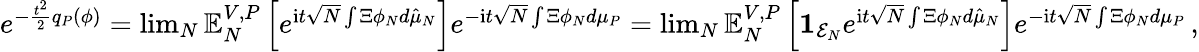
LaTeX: \begin{array}{r}{e^{-\frac{t^{2}}{2}q_{P}(\phi)}=\operatorname*{lim}_{N}\mathbb{E}_{N}^{V,P}\left[e^{\mathrm{i}t\sqrt{N}\int\Xi\phi_{N}d\hat{\mu}_{N}}\right]e^{-\mathrm{i}t\sqrt{N}\int\Xi\phi_{N}d\mu_{P}}=\operatorname*{lim}_{N}\mathbb{E}_{N}^{V,P}\left[\mathbf{1}_{\mathcal{E}_{N}}e^{\mathrm{i}t\sqrt{N}\int\Xi\phi_{N}d\hat{\mu}_{N}}\right]e^{-\mathrm{i}t\sqrt{N}\int\Xi\phi_{N}d\mu_{P}}\, ,}\end{array}